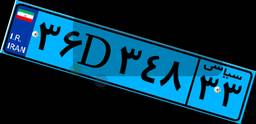
۳۶D۳۴۸۳۳